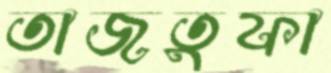
তাজতুফা